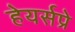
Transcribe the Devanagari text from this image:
हेयर्सप्रे